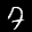
Label: 7